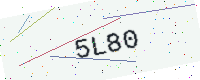
Text: 5L80